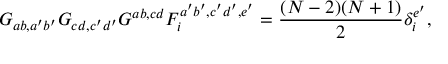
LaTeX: G _ { a b , a ^ { \prime } b ^ { \prime } } G _ { c d , c ^ { \prime } d ^ { \prime } } G ^ { a b , c d } F _ { i } ^ { a ^ { \prime } b ^ { \prime } , c ^ { \prime } d ^ { \prime } , e ^ { \prime } } = \frac { ( N - 2 ) ( N + 1 ) } { 2 } \delta _ { i } ^ { e ^ { \prime } } ,